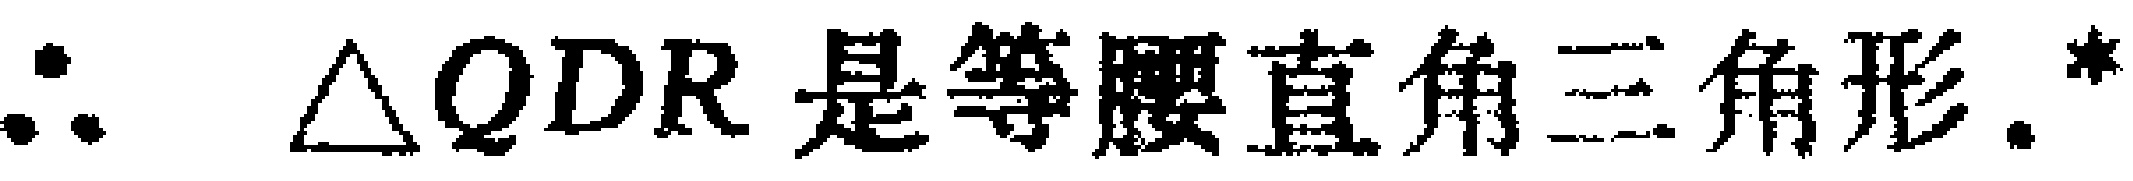
$\therefore \triangle QDR\text{ 是等腰直角三角形.}$